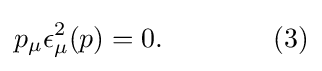
p_{\mu }\epsilon _{\mu }^{2}(p)=0.\quad \quad \quad \quad (3)